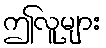
ဤလူများ